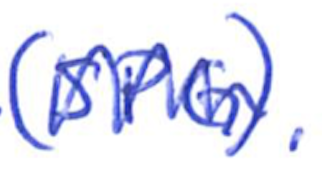
Text: (SPG).
Cross-out: zig-zag
Writing tool: ballpoint